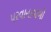
પરવાનાવાળો